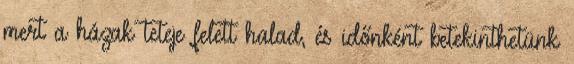
mert a házak teteje felett halad, és időnként betekinthetünk